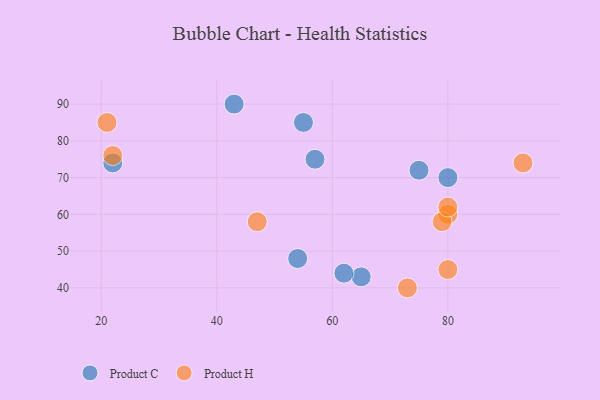
{"axis": {"x": "GDP", "y": "Life Expectancy"}, "legend": ["Product C", "Product H"], "data": [{"x": "43", "y": 90, "type": "Product C"}, {"x": "65", "y": 43, "type": "Product C"}, {"x": "75", "y": 72, "type": "Product C"}, {"x": "54", "y": 48, "type": "Product C"}, {"x": "57", "y": 75, "type": "Product C"}, {"x": "80", "y": 70, "type": "Product C"}, {"x": "62", "y": 44, "type": "Product C"}, {"x": "55", "y": 85, "type": "Product C"}, {"x": "22", "y": 74, "type": "Product C"}, {"x": "21", "y": 85, "type": "Product H"}, {"x": "73", "y": 40, "type": "Product H"}, {"x": "80", "y": 45, "type": "Product H"}, {"x": "93", "y": 74, "type": "Product H"}, {"x": "80", "y": 60, "type": "Product H"}, {"x": "79", "y": 58, "type": "Product H"}, {"x": "80", "y": 62, "type": "Product H"}, {"x": "47", "y": 58, "type": "Product H"}, {"x": "22", "y": 76, "type": "Product H"}]}